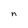
Character: n